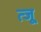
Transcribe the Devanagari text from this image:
त्जू